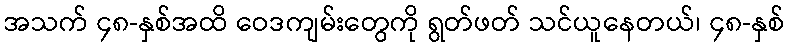
အသက် ၄၈-နှစ်အထိ ဝေဒကျမ်းတွေကို ရွတ်ဖတ် သင်ယူနေတယ်၊ ၄၈-နှစ်